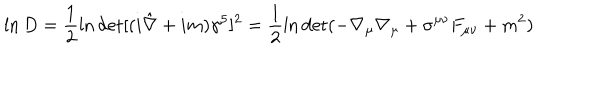
\ln D = \frac { 1 } { 2 } \ln \det [ ( i \hat { \nabla } + i m ) \gamma ^ { 5 } ] ^ { 2 } = \frac { 1 } { 2 } \ln { \det } ( - \nabla _ { \mu } \nabla _ { \mu } + \sigma ^ { \mu \nu } F _ { \mu \nu } + m ^ { 2 } ) \label 5